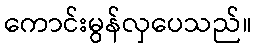
ကောင်းမွန်လှပေသည်။